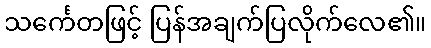
သင်္ကေတဖြင့် ပြန်အချက်ပြလိုက်လေ၏။